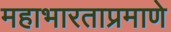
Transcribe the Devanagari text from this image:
महाभारताप्रमाणे